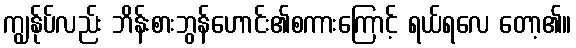
ကျွန်ုပ်လည်း ဘိန်းစားဘွန်ဟောင်း၏စကားကြောင့် ရယ်ရလေ တော့၏။